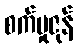
စက်မှုဇုန်